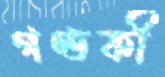
গণ্ডকী